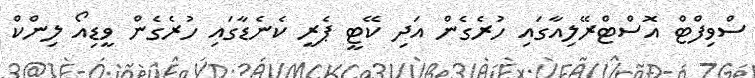
ސްވިފްޓް އޮސްޓްރޭލިއާގައި ހުރެގެން އަދި ކޭޓީ ޕެރީ ކެނެޑާގައި ހުރެގެން ވީޑިއޯ ލިންކް